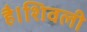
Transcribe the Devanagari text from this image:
है।शिवली